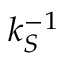
k _ { S } ^ { - 1 }